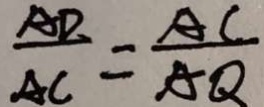
\frac { A D } { A C } = \frac { A C } { A Q }